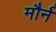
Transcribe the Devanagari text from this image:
मौर्न